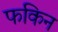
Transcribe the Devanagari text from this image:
फकिन